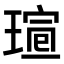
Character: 𤧺